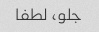
جلو، لطفا